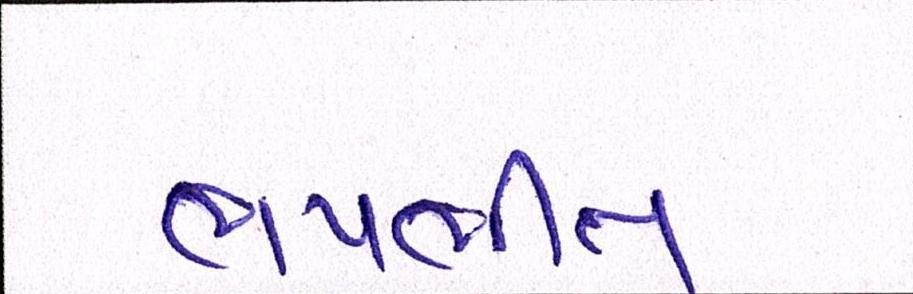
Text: ભયભીત